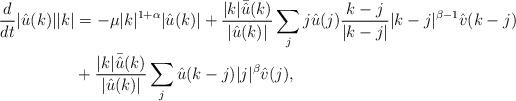
LaTeX: \begin{align*}\frac{d}{dt} |\hat{u}(k)||k| &= -\mu|k|^{1+\alpha} |\hat{u}(k)|+\frac{|k|\bar{\hat{u}}(k)}{|\hat{u}(k)|}\sum_{j}j\hat{u}(j)\frac{k-j}{|k-j|}|k-j|^{\beta-1} \hat{v}(k-j)\\ &+\frac{|k|\bar{\hat{u}}(k)}{|\hat{u}(k)|}\sum_{j}\hat{u}(k-j)|j|^{\beta} \hat{v}(j),\end{align*}